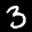
Label: 3